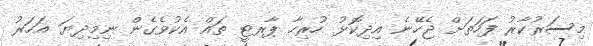
މިސަރުކާރު ފަހަތަށް ޖެހޭނެ އިދިކޮޅު ހުރިހާ ޕާރޓީ ތައް އެކުވެގެން ނިމިދިޔަ އަހަރު